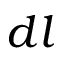
d l